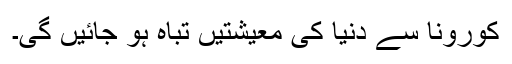
کورونا سے دنیا کی معیشتیں تباہ ہو جائیں گی۔